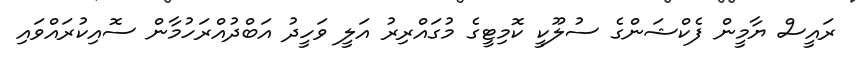
ރައީސް ޔާމީން ފެކްޝަންގެ ސުލޫކީ ކޮމިޓީގެ މުގައްރިރު އަލީ ވަހީދު އަބްދުއްރަހުމާން ސޮއިކުރައްވައި